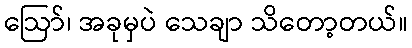
ဩော်၊ အခုမှပဲ သေချာ သိတော့တယ်။